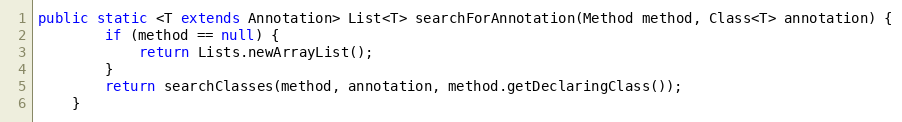
Language: Java
public static <T extends Annotation> List<T> searchForAnnotation(Method method, Class<T> annotation) {
        if (method == null) {
            return Lists.newArrayList();
        }
        return searchClasses(method, annotation, method.getDeclaringClass());
    }